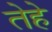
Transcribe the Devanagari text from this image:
तेहे